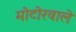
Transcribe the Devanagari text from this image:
मोटोरवाले